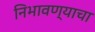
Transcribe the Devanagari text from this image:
निभावण्याचा